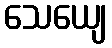
သေယျေ